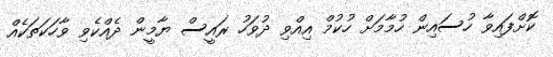
ކޮށްފައިވާ ހުސައިން ހުމާމަށް ހުކުމް އިއްވި ދުވަހު ރައީސް ޔާމީން ދެއްކެވި ވާހަަކަތަކެއް